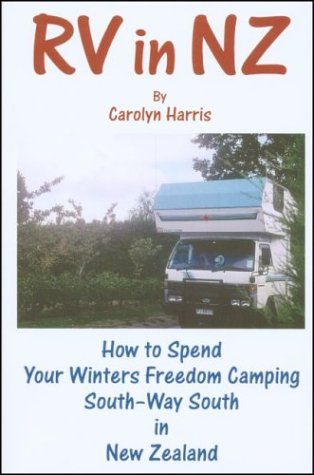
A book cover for RV in NZ: How to Spend Your Winters Freedom Camping South--Way South in New Zealand; Carolyn Harris; Travel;